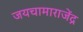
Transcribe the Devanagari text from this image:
जयचामाराजेंद्र